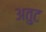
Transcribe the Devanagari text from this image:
अतुट